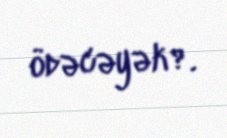
ödəcəyək?.